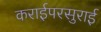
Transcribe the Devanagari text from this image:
कराईपरसुराई